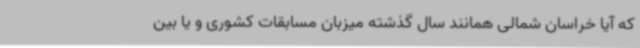
که آیا خراسان شمالی همانند سال گذشته میزبان مسابقات کشوری و یا بین